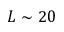
L \sim 2 0